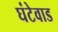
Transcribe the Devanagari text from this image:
घंटेवाड